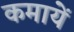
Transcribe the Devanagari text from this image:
कमायें